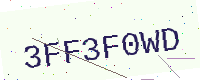
Text: 3FF3F0WD